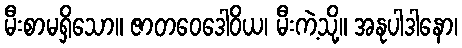
မီးစာမရှိသော။ ဇာတဝေဒေါဝိယ၊ မီးကဲ့သို့။ အနုပါဒါနော၊